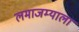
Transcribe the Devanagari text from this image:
लमाजम्याला